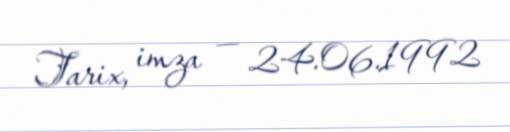
Tarix, imza — 24.06.1992